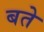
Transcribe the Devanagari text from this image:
बते